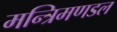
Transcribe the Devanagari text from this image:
मन्त्रिमणडल